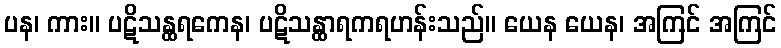
ပန၊ ကား။ ပဋိသန္ထရကေန၊ ပဋိသန္ထာရကရဟန်းသည်။ ယေန ယေန၊ အကြင် အကြင်